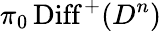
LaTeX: \pi_{0}\operatorname{Diff}^{+}(D^{n})